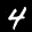
Label: 4